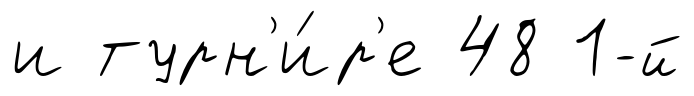
и турн'и́р'е 48 1-й